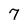
Character: 7